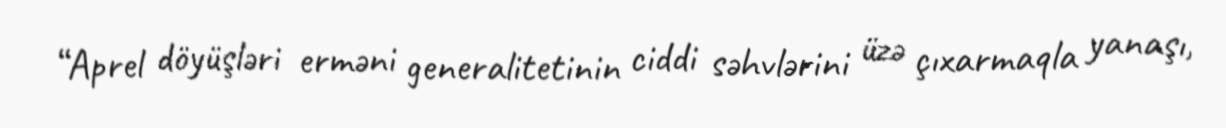
“Aprel döyüşləri erməni generalitetinin ciddi səhvlərini üzə çıxarmaqla yanaşı,